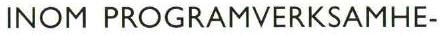
INOM PROGRAMVERKSAMHE-